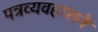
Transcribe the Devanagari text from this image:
पत्रव्यवहाराने